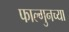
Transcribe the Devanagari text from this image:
फाल्गुनच्या